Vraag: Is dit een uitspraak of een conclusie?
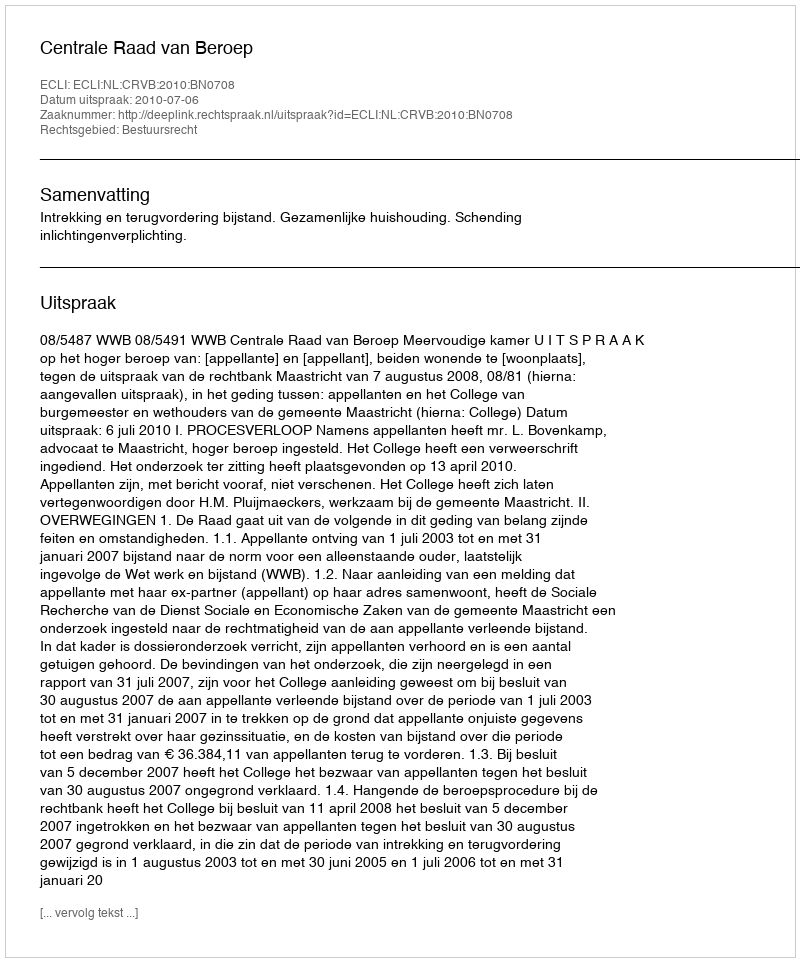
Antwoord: Uitspraak